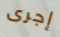
إجرى